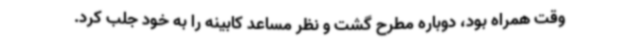
وقت همراه بود، دوباره مطرح گشت و نظر مساعد کابینه را به خود جلب کرد.